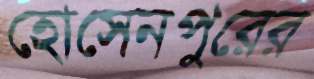
হোসেনপুরের